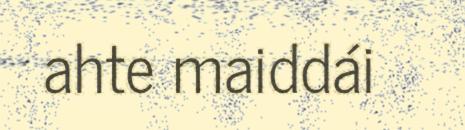
ahte maiddái